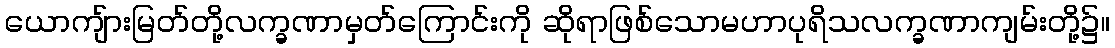
ယောကျ်ားမြတ်တို့လက္ခဏာမှတ်ကြောင်းကို ဆိုရာဖြစ်သောမဟာပုရိသလက္ခဏာကျမ်းတို့၌။